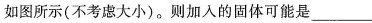
如图所示(不考虑大小)。则加入的固体可能是___